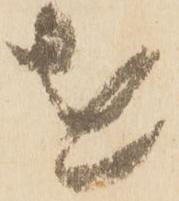
を